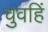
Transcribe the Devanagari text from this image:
चुवहिं